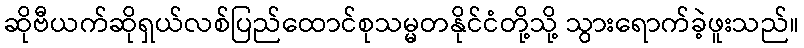
ဆိုဗီယက်ဆိုရှယ်လစ်ပြည်ထောင်စုသမ္မတနိုင်ငံတို့သို့ သွားရောက်ခဲ့ဖူးသည်။